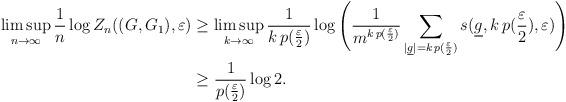
LaTeX: \begin{align*} \limsup_{n\to\infty} \frac{1}{n} \log Z_n((G,G_1),\varepsilon) & \ge\limsup_{k\to\infty}\frac1{k\, p(\frac\varepsilon{2})} \log \Bigg( \frac{1}{ m^{k\, p(\frac\varepsilon{2})}} \sum_{|\underline g| = {k\, p(\frac\varepsilon{2})}} s(\underline g, k\, p(\frac\varepsilon{2}), \varepsilon)\Bigg) \\& \ge \frac1{p(\frac{\varepsilon}{2})} \log 2.\end{align*}